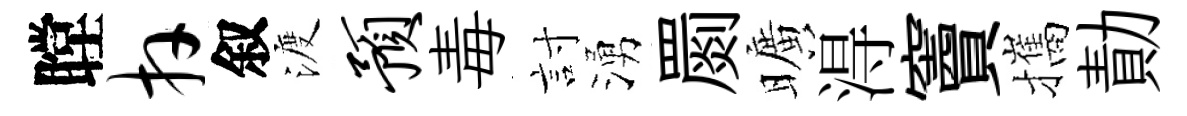
瞠卉叙渡预毒討湧罽曠淂竇攜勣